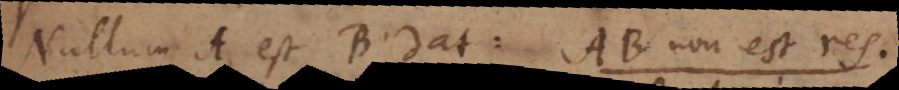
Nullum A est B dat: AB non est res.